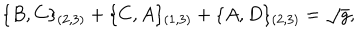
\{ B , C \} _ { ( 2 , 3 ) } + \{ C , A \} _ { ( 1 , 3 ) } + \{ A , D \} _ { ( 2 , 3 ) } = \sqrt { g } ,